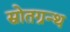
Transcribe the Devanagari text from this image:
स्रोतग्रन्थ